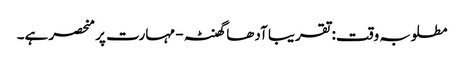
مطلوبہ وقت: تقریبا آدھا گھنٹہ - مہارت پر منحصر ہے۔